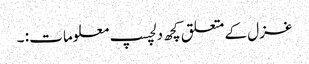
غزل کے متعلق کچھ دلچسپ معلومات : ۔